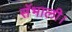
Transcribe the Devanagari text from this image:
सॅभाली।